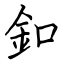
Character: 釦